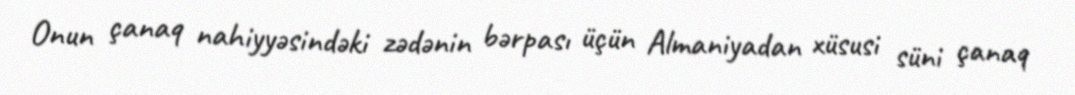
Onun çanaq nahiyyəsindəki zədənin bərpası üçün Almaniyadan xüsusi süni çanaq